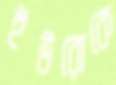
ইউরোকে